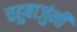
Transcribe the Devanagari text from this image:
चहुबाजुंनी